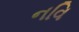
નવિ